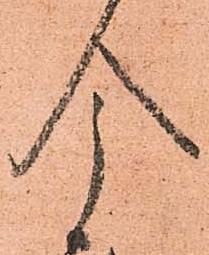
今